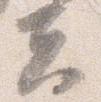
夫